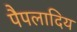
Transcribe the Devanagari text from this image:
पैपलादिय